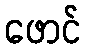
ဖောင်